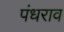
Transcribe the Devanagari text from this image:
पंधराव